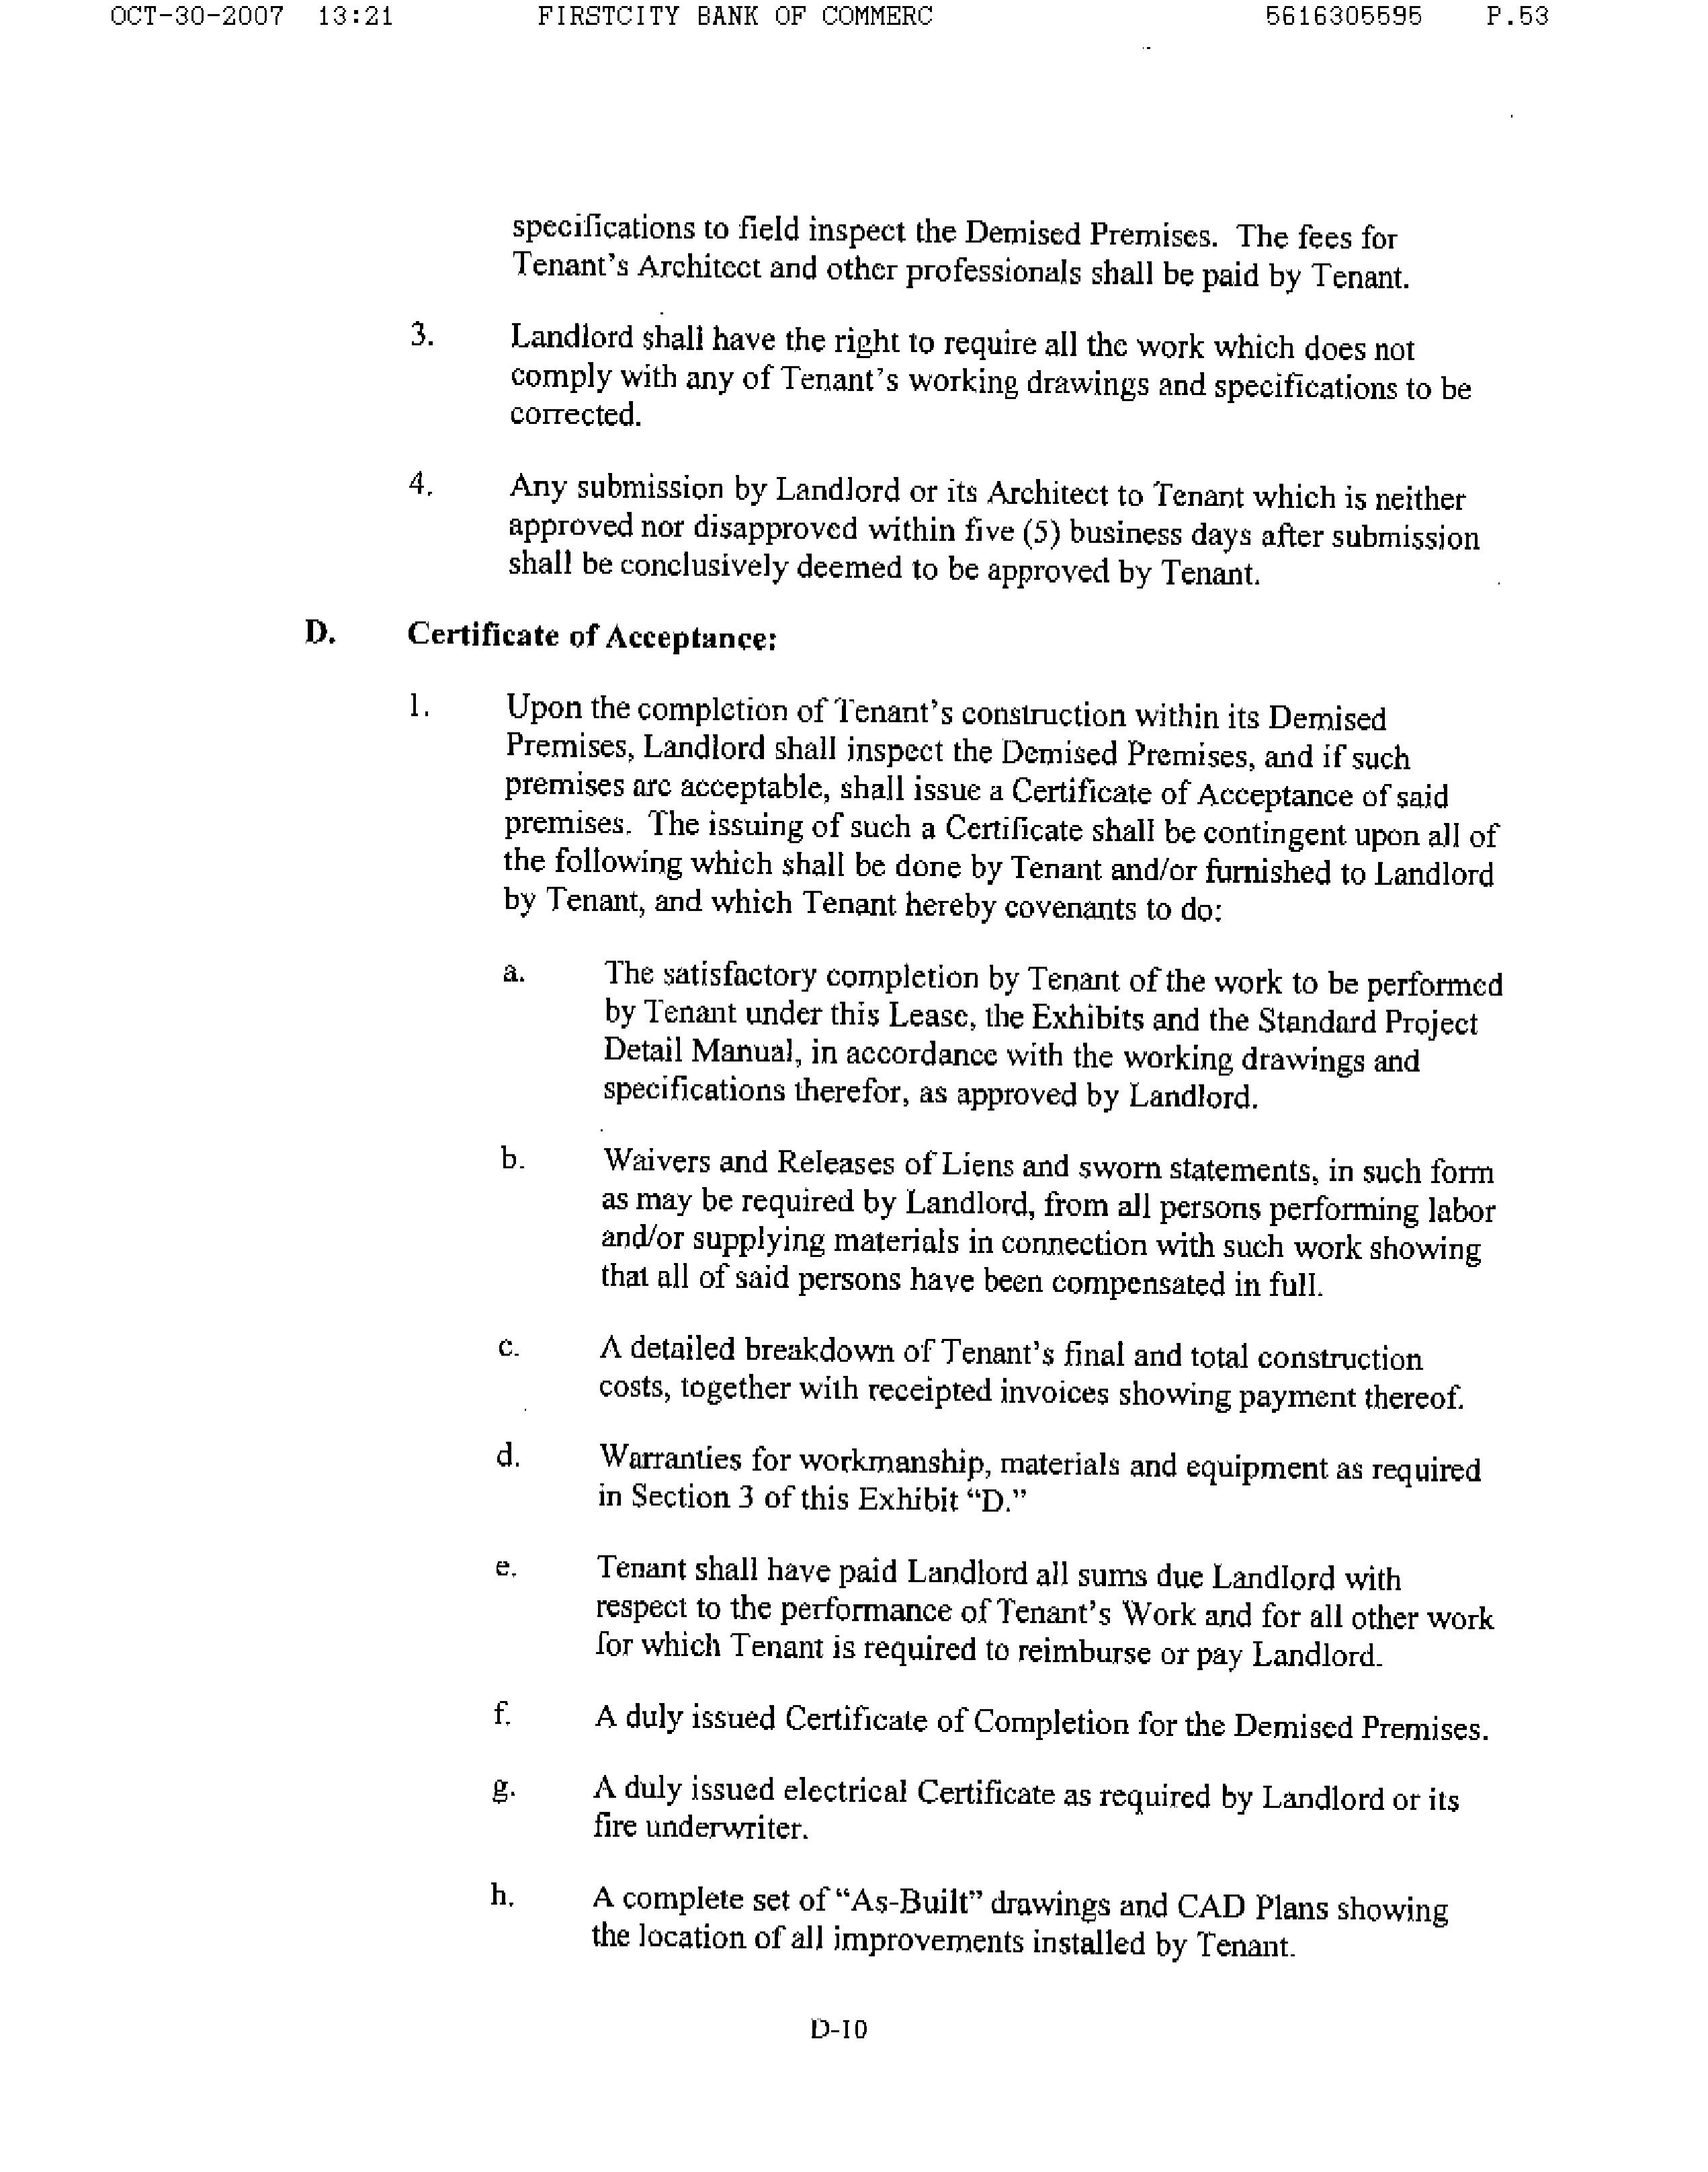
OCT-30-2007   13:21        FIRSTCITY BANK OF COMMERC                      5616305595      P.53

specifications to field inspect the Demised Premises. The fees for
Tenant's Architect and other professionals shall be paid by Tenant.

3.      Landlord shall have the right to require all the work which does not
        comply with any of Tenant's working drawings and specifications to be
        corrected.

4.      Any submission by Landlord or its Architect to Tenant which is neither
        approved nor disapproved within five (5) business days after submission
        shall be conclusively deemed to be approved by Tenant.

D.      Certificate of Acceptance:

1.      Upon the completion of Tenant's construction within its Demised
        Premises, Landlord shall inspect the Demised Premises, and if such
        premises are acceptable, shall issue a Certificate of Acceptance of said
        premises. The issuing of such a Certificate shall be contingent upon all of
        the following which shall be done by Tenant and/or furnished to Landlord
        by Tenant, and which Tenant hereby covenants to do:

        a.      The satisfactory completion by Tenant of the work to be performed
                by Tenant under this Lease, the Exhibits and the Standard Project
                Detail Manual, in accordance with the working drawings and
                specifications therefor, as approved by Landlord.

        b.      Waivers and Releases of Liens and sworn statements, in such form
                as may be required by Landlord, from all persons performing labor
                and/or supplying materials in connection with such work showing
                that all of said persons have been compensated in full.

        c.      A detailed breakdown of Tenant's final and total construction
                costs, together with receipted invoices showing payment thereof.

        d.      Warranties for workmanship, materials and equipment as required
                in Section 3 of this Exhibit "D."

        e.      Tenant shall have paid Landlord all sums due Landlord with
                respect to the performance of Tenant's Work and for all other work
                for which Tenant is required to reimburse or pay Landlord.

        f.      A duly issued Certificate of Completion for the Demised Premises.

        g.      A duly issued electrical Certificate as required by Landlord or its
                fire underwriter.

        h.      A complete set of "As-Built" drawings and CAD Plans showing
                the location of all improvements installed by Tenant.

D-10